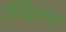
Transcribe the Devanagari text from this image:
सैब्रिक्स